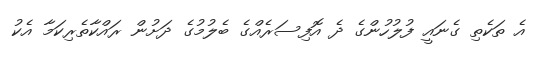
އެ ތަކެތި ގެނައީ ފުލުހުންގެ ދެ އޮފިސަރެއްގެ ބެލުމުގެ ދަށުން ރައްކާތެރިކަމާ އެކު